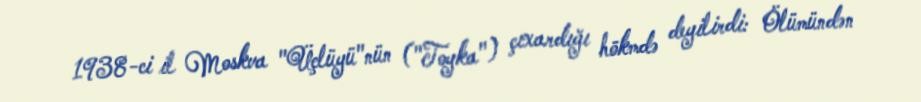
1938-ci il Moskva "Üçlüyü"nün ("Toyka") çıxardığı hökmdə deyilirdi: Ölümündən